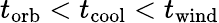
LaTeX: t_{\mathrm{orb}}<t_{\mathrm{cool}}<t_{\mathrm{wind}}